system: You are a helpful assistant.
user:
Analyze the provided spectrum to determine if it is a **"Cataclysmic Variables (CV)"**.

- **Key Indicators for CV (Check for either state):**
    - **State 1: Quiescent / Low-State (Emission-Dominated)**
        - **(Primary):** Strong and *very broad* Hydrogen Balmer emission lines (e.g., $H\alpha$ at 6563 Å, $H\beta$ at 4861 Å). The 'broadness' (high velocity dispersion, often FWHM > 1000 km/s) is the key diagnostic, indicating a high-velocity accretion disk.
        - **(Secondary):** Broad neutral Helium (He I) emission lines (e.g., 5876 Å, 6678 Å).
        - **(Key Confirmation):** Presence of high-excitation *ionized* Helium (He II) emission at 4686 Å. This is a strong indicator of accretion onto a white dwarf.
        - **(Line Profile):** Emission lines may exhibit a 'double-peaked' profile, which is a classic signature of a rotating accretion disk viewed at high inclination.

    - **State 2: Outburst / High-State (Absorption-Dominated)**
        - **(Primary):** Spectrum is dominated by a bright, blue continuum (looks like a hot star).
        - **(Secondary):** The emission lines from State 1 are weak, absent, or 'filled in', and are replaced by broad, shallow *absorption* lines (primarily Balmer and He I).
        - **(Morphology):** The overall spectrum mimics a hot B/A-type star. The crucial difference is that the absorption lines are significantly broader, shallower, and more 'washed-out' (or 'smeared') than the sharp lines of a normal stellar photosphere, due to high rotational speeds and pressure broadening in the disk.

Think first, call **spectral_visualization_tool** if needed to examine features in detail, then provide your final answer. Your response must adhere to the following strict rules:
1.  **Overall Structure:** Your response must follow the format `<think>...</think> <tool_call>...</tool_call> (if a tool is used) <answer>...</answer>`.
2.  **Tool Usage Constraint:** You may only make **one** tool call per turn.
3.  **Final Answer Format:** In the `<answer>` tag, your conclusion must be inside a `\boxed{}` command (e.g., `\boxed{YES}`), followed by your justification.

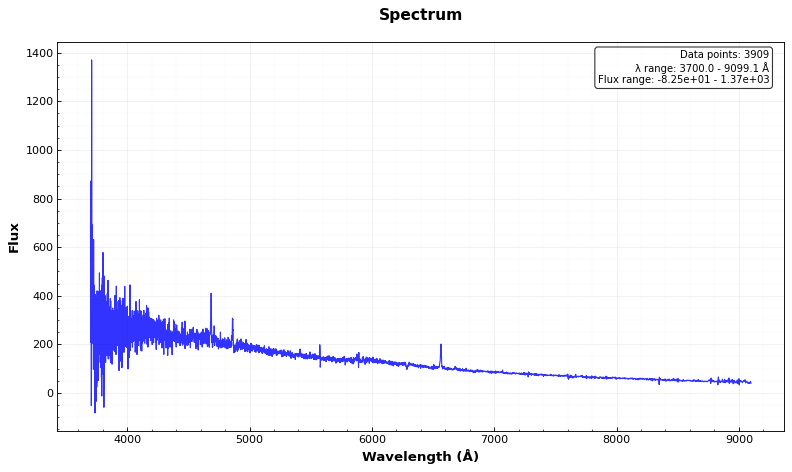
Answer: YES